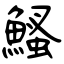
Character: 鰠